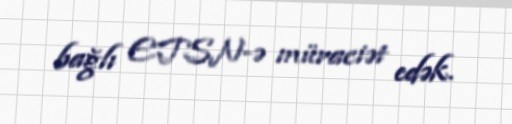
bağlı ETSN-ə müraciət edək.